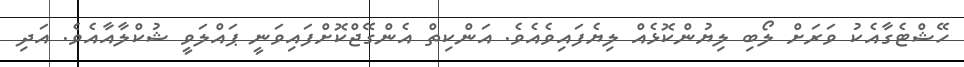
ހޭޝްޓެގާއެކު ވަރަށް ލޯބި ލިޔުންކޮޅެއް ލިޔެފައިވެއެވެ. އަންކިތް އެންގޭޖްކޮށްފައިވަނީ ޕައްލަވީ ޝުކްލާއާއެވެ. އަދި